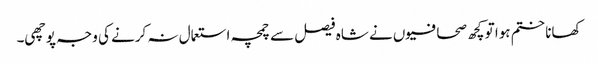
کھانا ختم ہوا تو کچھ صحافیوں نے شاہ فیصل سے چمچہ استعمال نہ کرنے کی وجہ پوچھی۔